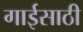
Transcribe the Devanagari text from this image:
गाईसाठी